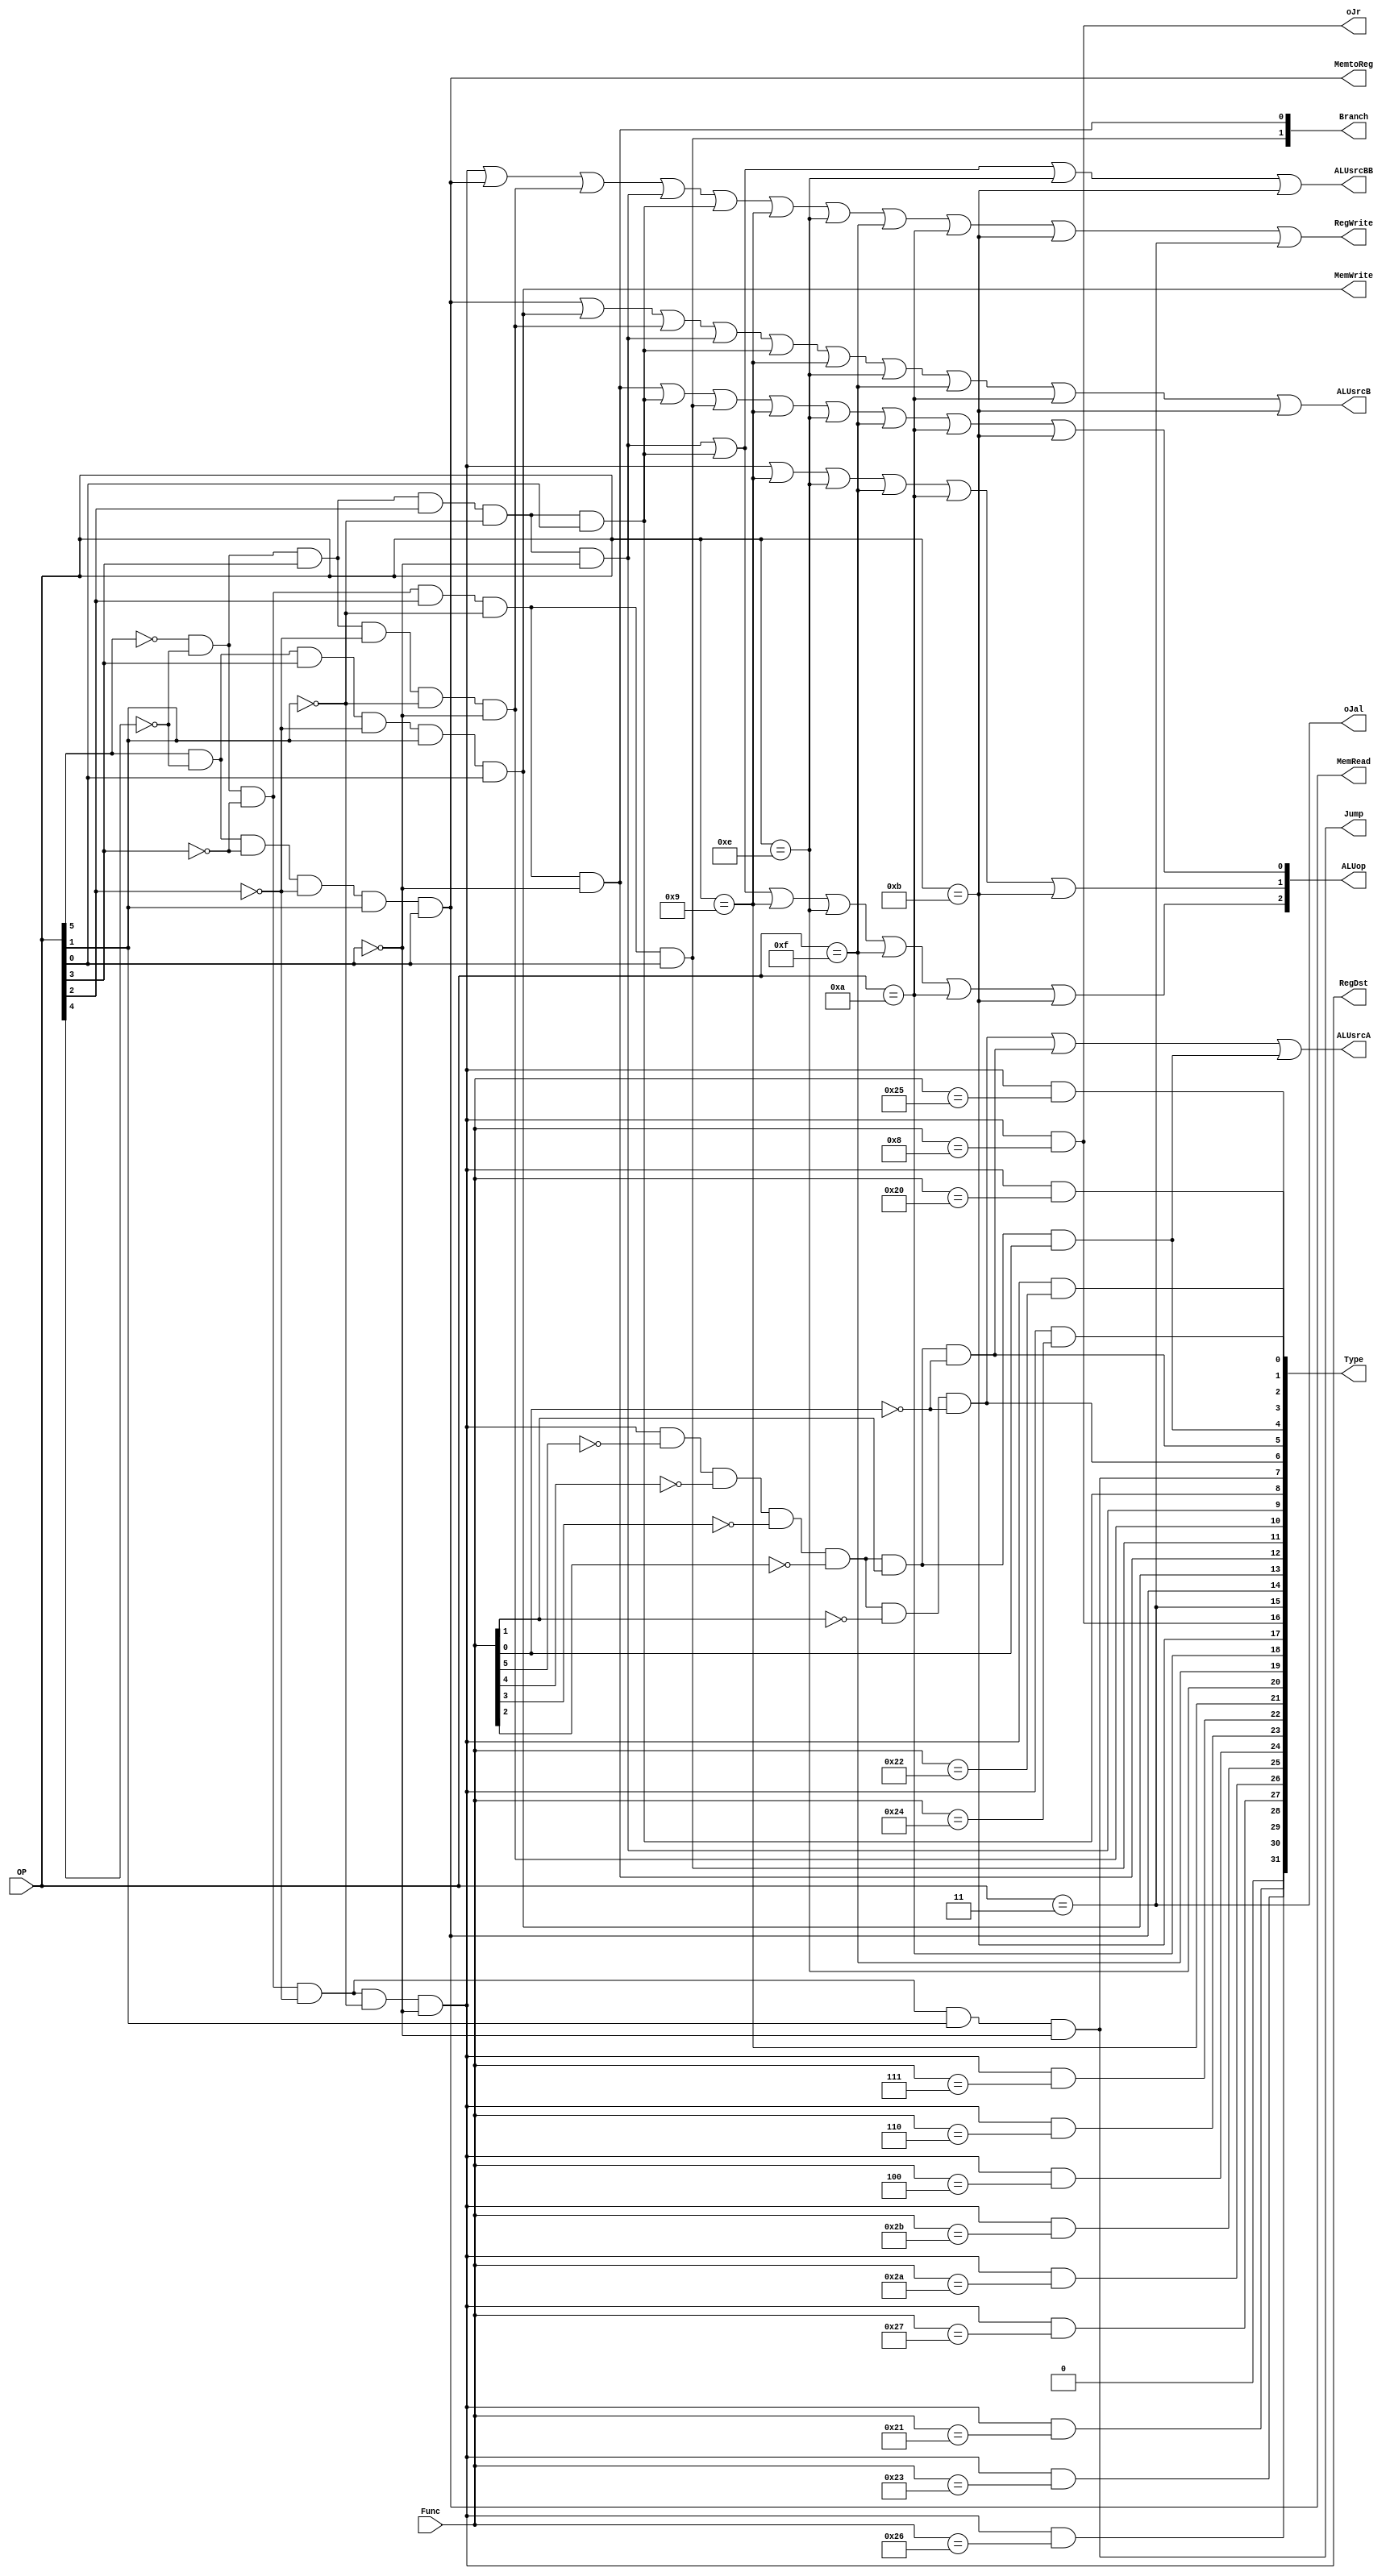
`timescale 1ns / 1ps
//////////////////////////////////////////////////////////////////////////////////
// Company: 
// Engineer: 
// 
// Design Name: 
// Module Name:    SingleCtrl 
// Project Name: 
// Target Devices: 
// Tool versions: 
// Description: 
//
// Dependencies: 
//
// Revision: 
// Revision 0.01 - File Created
// Additional Comments: 
//
//////////////////////////////////////////////////////////////////////////////////
module SingleCtrl(
input [5:0] OP,
input [5:0] Func,
output [2:0] ALUop,
output RegDst, 
output ALUsrcA,
output ALUsrcB, 
output ALUsrcBB, 
output MemtoReg, 
output RegWrite,
output MemRead, 
output MemWrite, 
output [1:0]Branch, 
output Jump,
output oJr,
output oJal,
output [31:0]Type
	);
wire R,Lw,Sw,Beq,Bne,Addi,Andi,Ori,J,Sll,Srl,Sra,And,Or,Add,Sub,Addu,Subu,Xor,Nor,Slt,Sltu,Sllv,Srlv,Srav,Addiu,Xori,Lui,Slti,Sltiu,Jr,Jal;
assign R=~OP[5]&~OP[4]&~OP[3]&~OP[2]&~OP[1]&~OP[0];
assign Lw=OP[5]&~OP[4]&~OP[3]&~OP[2]&OP[1]&OP[0];
assign Sw=OP[5]&~OP[4]&OP[3]&~OP[2]&OP[1]&OP[0];
assign Beq=~OP[5]&~OP[4]&~OP[3]&OP[2]&~OP[1]&~OP[0];
assign Bne=~OP[5]&~OP[4]&~OP[3]&OP[2]&~OP[1]&OP[0];
assign Addi=~OP[5]&~OP[4]&OP[3]&~OP[2]&~OP[1]&~OP[0];
assign Andi=~OP[5]&~OP[4]&OP[3]&OP[2]&~OP[1]&~OP[0];
assign Ori=~OP[5]&~OP[4]&OP[3]&OP[2]&~OP[1]&OP[0];
assign J=~OP[5]&~OP[4]&~OP[3]&~OP[2]&OP[1]&~OP[0];
assign Sll=R&~Func[5]&~Func[4]&~Func[3]&~Func[2]&~Func[1]&~Func[0]; //000000
assign Srl=R&~Func[5]&~Func[4]&~Func[3]&~Func[2]&Func[1]&~Func[0]; //000010
assign Sra=R&~Func[5]&~Func[4]&~Func[3]&~Func[2]&Func[1]&Func[0]; //000011
//-----------------
assign Addu=R&(Func==6'b100001);
assign Subu=R&(Func==6'b100011);
assign Xor=R&(Func==6'b100110);
assign Nor=R&(Func==6'b100111);
assign Slt=R&(Func==6'b101010);
assign Sltu=R&(Func==6'b101011);
assign Sllv=R&(Func==6'b000100);
assign Srlv=R&(Func==6'b000110);
assign Srav=R&(Func==6'b000111);
assign Addiu=(OP==6'b001001);
assign Xori=(OP==6'b001110);
assign Lui=(OP==6'b001111);
assign Slti=(OP==6'b001010);
assign Sltiu=(OP==6'b001011);
assign Jr=R&(Func==6'b001000);
assign Jal=(OP==6'b000011);
//-------------------
assign Add=R&(Func==6'b100000);
assign Sub=R&(Func==6'b100010);
assign And=R&(Func==6'b100100);
assign Or=R&(Func==6'b100101);
assign RegDst=R; 
assign ALUsrcB=Lw|Sw|Addi|Andi|Ori|Addiu|Xori|Lui|Slti|Sltiu;
assign ALUsrcBB=Andi|Ori|Xori|Sltiu;
assign ALUsrcA=Sll|Srl|Sra;
assign MemtoReg=Lw;
assign RegWrite=R|Lw|Addi|Andi|Ori|Addiu|Xori|Lui|Slti|Sltiu|Jal;
assign MemRead=Lw;
assign MemWrite=Sw;
assign Branch[0]=Beq;
assign Branch[1]=Bne;
assign ALUop[2]=Andi|Ori|Addiu|Xori|Lui|Slti|Sltiu;
assign ALUop[1]=R|Addiu|Xori|Lui|Slti|Sltiu;
assign ALUop[0]=Beq|Ori|Bne|Addiu|Xori|Lui|Slti|Sltiu;
assign Jump=J;
assign oJr=Jr;
assign oJal=Jal;
/*and (RegDst, ~OP[5],~OP[4],~OP[3],~OP[2],~OP[1],~OP[0]);
and (ALUsrc, OP[5],~OP[4], ~OP[2], OP[1], OP[0]);
and (MemtoReg, OP[5],~OP[4],~OP[3],~OP[2], OP[1], OP[0]);
and (RegWrite, ~OP[4],~OP[3],~OP[2] );
and (MemRead, OP[5],~OP[4],~OP[3],~OP[2], OP[1], OP[0]);
and (MemWrite, OP[5],~OP[4], OP[3],~OP[2], OP[1], OP[0]);
and (Branch, ~OP[5],~OP[4],~OP[3], OP[2],~OP[1],~OP[0]);
and (ALUop[1], ~OP[5],~OP[4],~OP[3],~OP[2],~OP[1],~OP[0]);
and (ALUop[0], ~OP[5],~OP[4],~OP[3], OP[2],~OP[1],~OP[0]);
and (Jump, ~OP[5], ~OP[4], ~OP[3], ~OP[2], OP[1], ~OP[0]);*/
assign Type={Addu,Subu,Xor,Nor,Slt,Sltu,Sllv,Srlv,Srav,Addiu,Xori,Lui,Slti,Sltiu,Jr,Jal,Lw,Sw,Beq,Bne,Addi,Andi,Ori,J,Sll,Srl,Sra,And,Or,Add,Sub};
endmodule